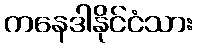
ကနေဒါနိုင်ငံသား